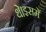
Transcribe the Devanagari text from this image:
थे।इसमें